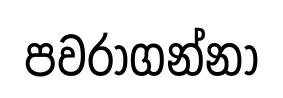
පවරාගන්නා